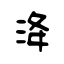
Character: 洚